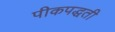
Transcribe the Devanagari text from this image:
पीकपद्धती